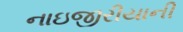
નાઇજીરીયાની